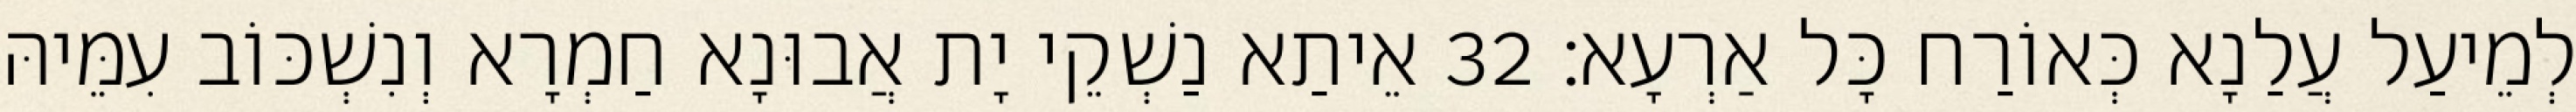
לְמֵיעַל עֲלַנָא כְּאוֹרַח כָּל אַרְעָא׃ 32 אֵיתַא נַשְׁקֵי יָת אֲבוּנָא חַמְרָא וְנִשְׁכּוֹב עִמֵּיהּ